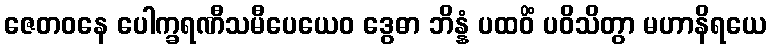
ဇေတဝနေ ပေါက္ခရဏီသမီပေယေဝ ဒွေဓာ ဘိန္နံ ပထဝိံ ပဝိသိတွာ မဟာနိရယေ